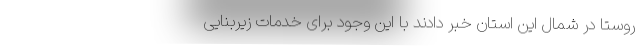
روستا در شمال این استان خبر دادند با این وجود برای خدمات زیربنایی